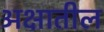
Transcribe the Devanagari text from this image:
अक्षातील